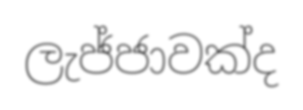
ලැජ්ජාවක්ද